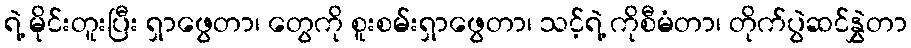
ရဲ့ မိုင်းတူးပြီး ရှာဖွေတာ၊ တွေကို စူးစမ်းရှာဖွေတာ၊ သင့်ရဲ့ ကိုစီမံတာ၊ တိုက်ပွဲဆင်နွှဲတာ